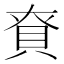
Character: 𮙺